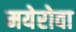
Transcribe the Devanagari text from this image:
मयेरोवा